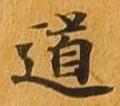
道